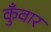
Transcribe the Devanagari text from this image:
कुँवार